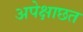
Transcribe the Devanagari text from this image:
अपेक्षाछत